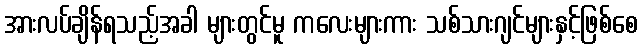
အားလပ်ချိန်ရသည့်အခါ များတွင်မူ ကလေးများကား သစ်သားဂျင်များနှင့်ဖြစ်စေ